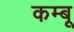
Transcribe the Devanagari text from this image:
कम्बू